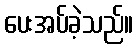
ပေးအပ်ခဲ့သည်။